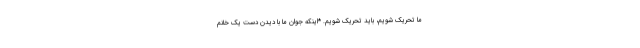
ما تحریک شویم، باید تحریک شویم. *اینکه جوان ما با دیدن دست یک خانم